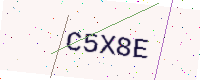
Text: C5X8E